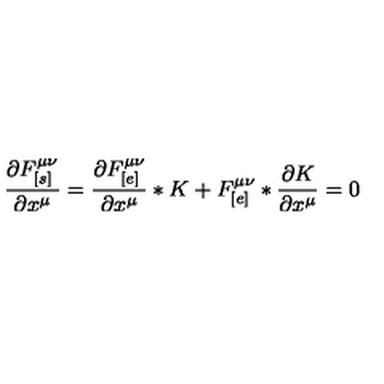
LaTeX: \frac { \partial F _ { [ s ] } ^ { \mu \nu } } { \partial x ^ { \mu } } = \frac { \partial F _ { [ e ] } ^ { \mu \nu } } { \partial x ^ { \mu } } * K + F _ { [ e ] } ^ { \mu \nu } * \frac { \partial K } { \partial x ^ { \mu } } = 0